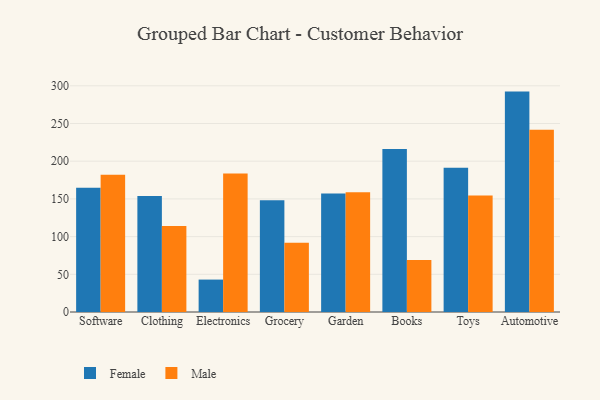
{"axis": {"x": "Category", "y": "Temperature (°C)"}, "legend": ["Female", "Male"], "data": [{"x": "Software", "y": 164.8, "type": "Female"}, {"x": "Software", "y": 182.0, "type": "Male"}, {"x": "Clothing", "y": 153.7, "type": "Female"}, {"x": "Clothing", "y": 114.2, "type": "Male"}, {"x": "Electronics", "y": 43.0, "type": "Female"}, {"x": "Electronics", "y": 183.8, "type": "Male"}, {"x": "Grocery", "y": 148.2, "type": "Female"}, {"x": "Grocery", "y": 92.0, "type": "Male"}, {"x": "Garden", "y": 157.0, "type": "Female"}, {"x": "Garden", "y": 158.8, "type": "Male"}, {"x": "Books", "y": 216.2, "type": "Female"}, {"x": "Books", "y": 69.1, "type": "Male"}, {"x": "Toys", "y": 191.3, "type": "Female"}, {"x": "Toys", "y": 154.5, "type": "Male"}, {"x": "Automotive", "y": 292.3, "type": "Female"}, {"x": "Automotive", "y": 241.8, "type": "Male"}]}